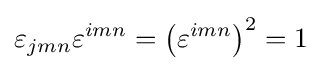
\varepsilon _{jmn}\varepsilon ^{imn}=\left(\varepsilon ^{imn}\right)^{2}=1